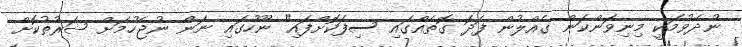
ނުދެވުމަކީ މިނިވަންކަން ގެއްލުން ފަދަ ގޮތެއްގައި ސިފަކޮށްފައި" ނޫހުގައި ނަން ނުޖެހުމަށް ޝަރުތުކޮށް